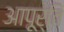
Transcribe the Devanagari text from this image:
आपूर्ति